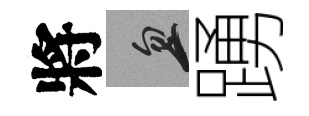
將忽踴